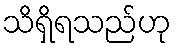
သိရှိရသည်ဟု